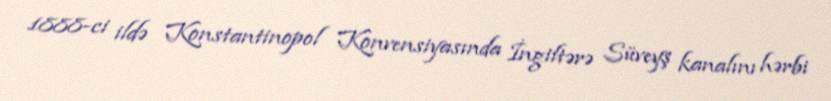
1888-ci ildə Konstantinopol Konvensiyasında İngiltərə Süveyş kanalını hərbi